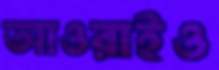
আওরাইও